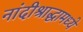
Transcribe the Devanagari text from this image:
नांदीश्राद्धामध्ये